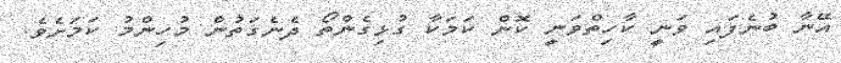
އޭނާ ބުނެފައި ވަނީ ކާހިތްވަނީ ކޮން ކަމަކާ ގުޅިގެންތޯ ދެނެގަތުން މުހިންމު ކަމަށެވެ.